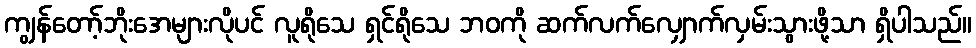
ကျွန်တော့်ဘိုးအေများလိုပင် လူရိုသေ ရှင်ရိုသေ ဘဝကို ဆက်လက်လျှောက်လှမ်းသွားဖို့သာ ရှိပါသည်။